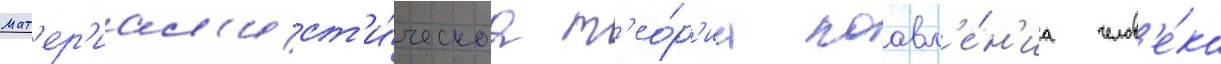
Мат'ер'иал'ист'и́ческаа т'ео́р'иа поавл'е́н'иа челов'е́ка